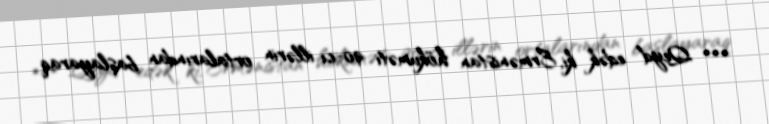
*** Qeyd edək ki, Ermənistan hökuməti 90-cı illərin ortalarından başlayaraq